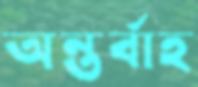
অন্তর্বাহ